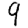
Digit: 9